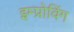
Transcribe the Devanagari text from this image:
इम्प्रोविंग